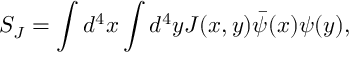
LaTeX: S _ { J } = \int d ^ { 4 } x \int d ^ { 4 } y J ( x , y ) \bar { \psi } ( x ) \psi ( y ) ,